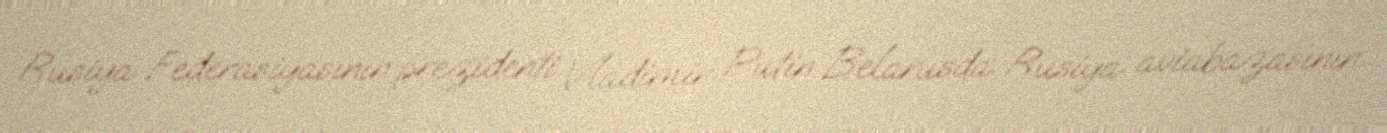
Rusiya Federasiyasının prezidenti Vladimir Putin Belarusda Rusiya aviabazasının